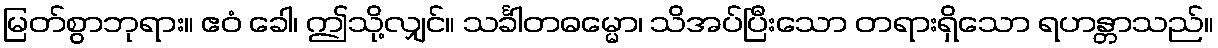
မြတ်စွာဘုရား။ ဧဝံ ခေါ၊ ဤသို့လျှင်။ သင်္ခါတဓမ္မော၊ သိအပ်ပြီးသော တရားရှိသော ရဟန္တာသည်။